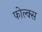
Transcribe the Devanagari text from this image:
फोल्क्स